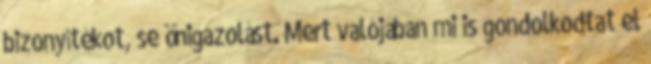
bizonyítékot, se önigazolást. Mert valójában mi is gondolkodtat el